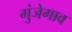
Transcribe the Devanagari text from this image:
गुंजेगाव